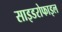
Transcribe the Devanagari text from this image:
साइडरोफाइल